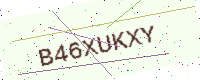
Text: B46XUKXY